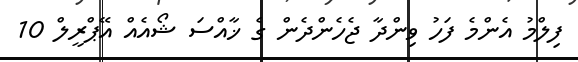
ފިލްމު އެންމެ ފަހު ވިންދާ ޖެހެންދެން ގެ ޚާއްސަ ޝޯއެއް އޭޕްރީލް 10